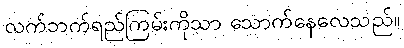
လက်ဘက်ရည်ကြမ်းကိုသာ သောက်နေလေသည်။